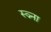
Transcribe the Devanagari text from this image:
स्व्र्ना